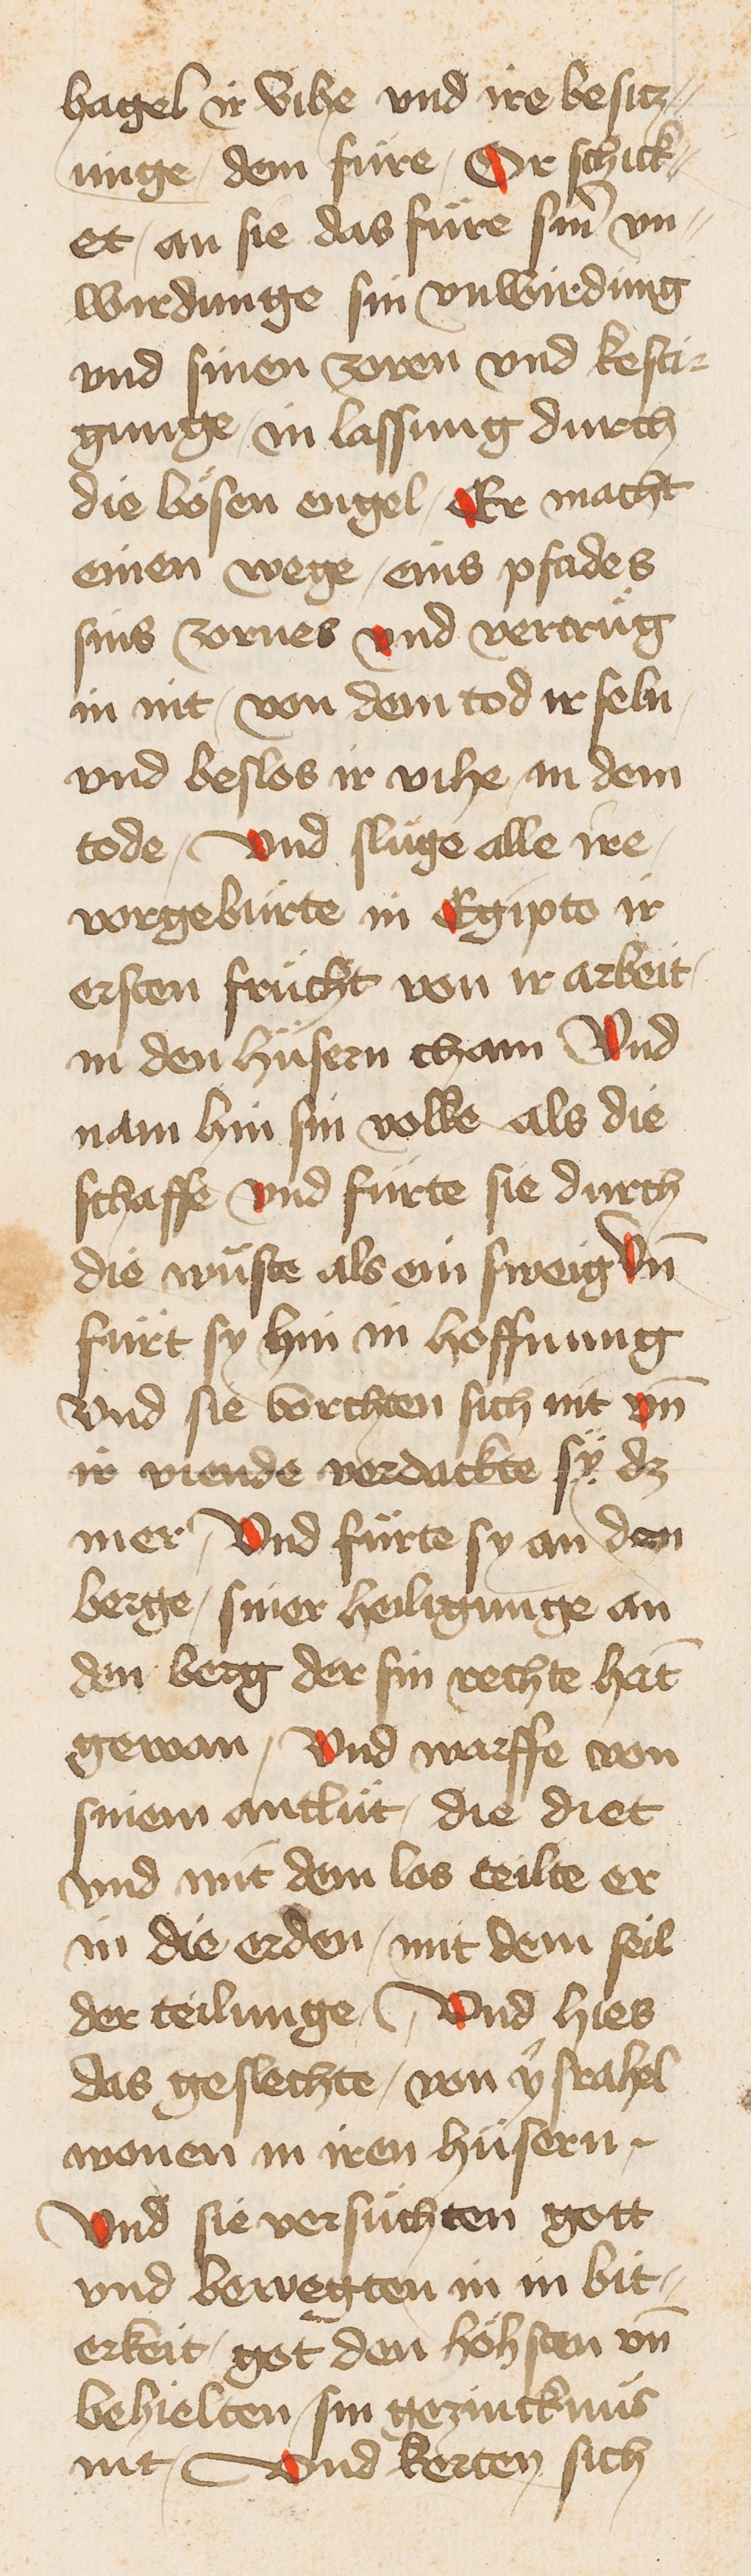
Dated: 1400–1499